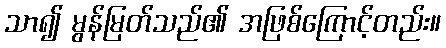
သာ၍ မွန်မြတ်သည်၏ အဖြစ်ကြောင့်တည်း။